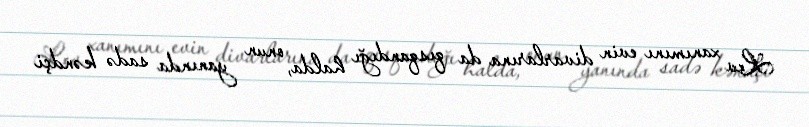
Lev xanımını evin divarlarına da qısqandığı halda, onun yanında sadə kəndçi